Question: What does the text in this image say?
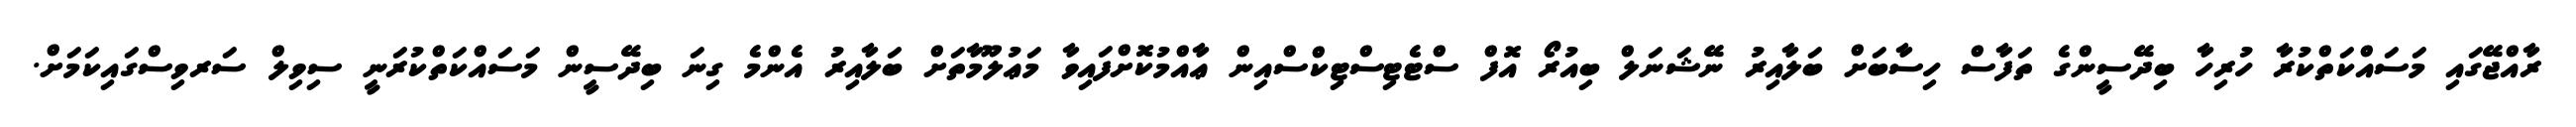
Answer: ރާއްޖޭގައި މަސައްކަތްކުރާ ހުރިހާ ބިދޭސީންގެ ތަފާސް ހިސާބަށް ބަލާއިރު ނޭޝަނަލް ބިއުރޯ އޮފް ސްޓެޓިސްޓިކްސްއިން ޢާއްމުކޮށްފައިވާ މަޢުލޫމާތަށް ބަލާއިރު އެންމެ ގިނަ ބިދޭސީން މަސައްކަތްކުރަނީ ސިވިލް ސަރވިސްގައިކަމަށް.